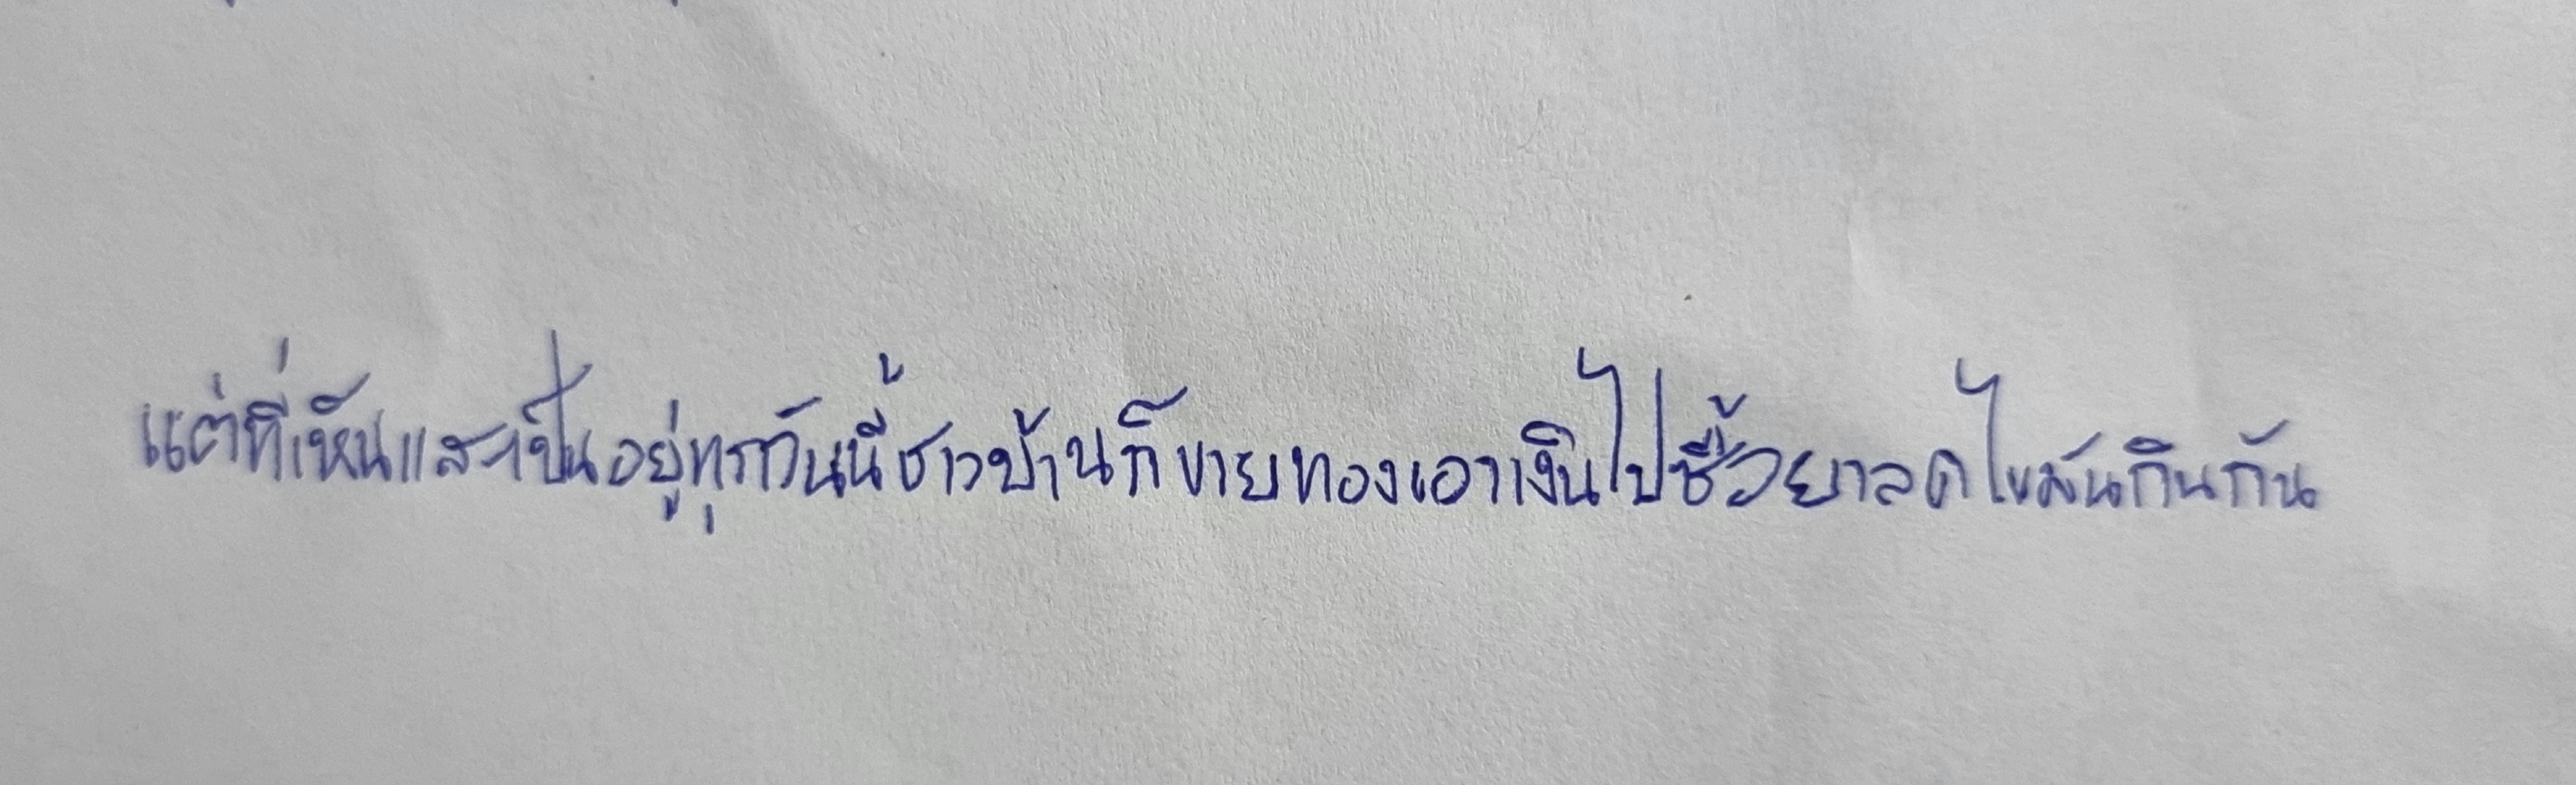
แต่ที่เห็นและเป็นอยู่ทุกวันนี้ชาวบ้านก็ขายทองเอาเงินไปซื้อยาลดไขมันกินกัน